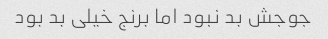
جوجش بد نبود اما برنج خیلی بد بود